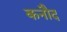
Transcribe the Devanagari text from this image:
कनौद